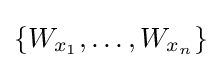
\{W_{x_{1}},\dots ,W_{x_{n}}\}